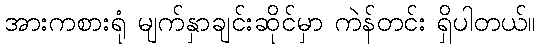
အားကစားရုံ မျက်နှာချင်းဆိုင်မှာ ကဲန်တင်း ရှိပါတယ်။